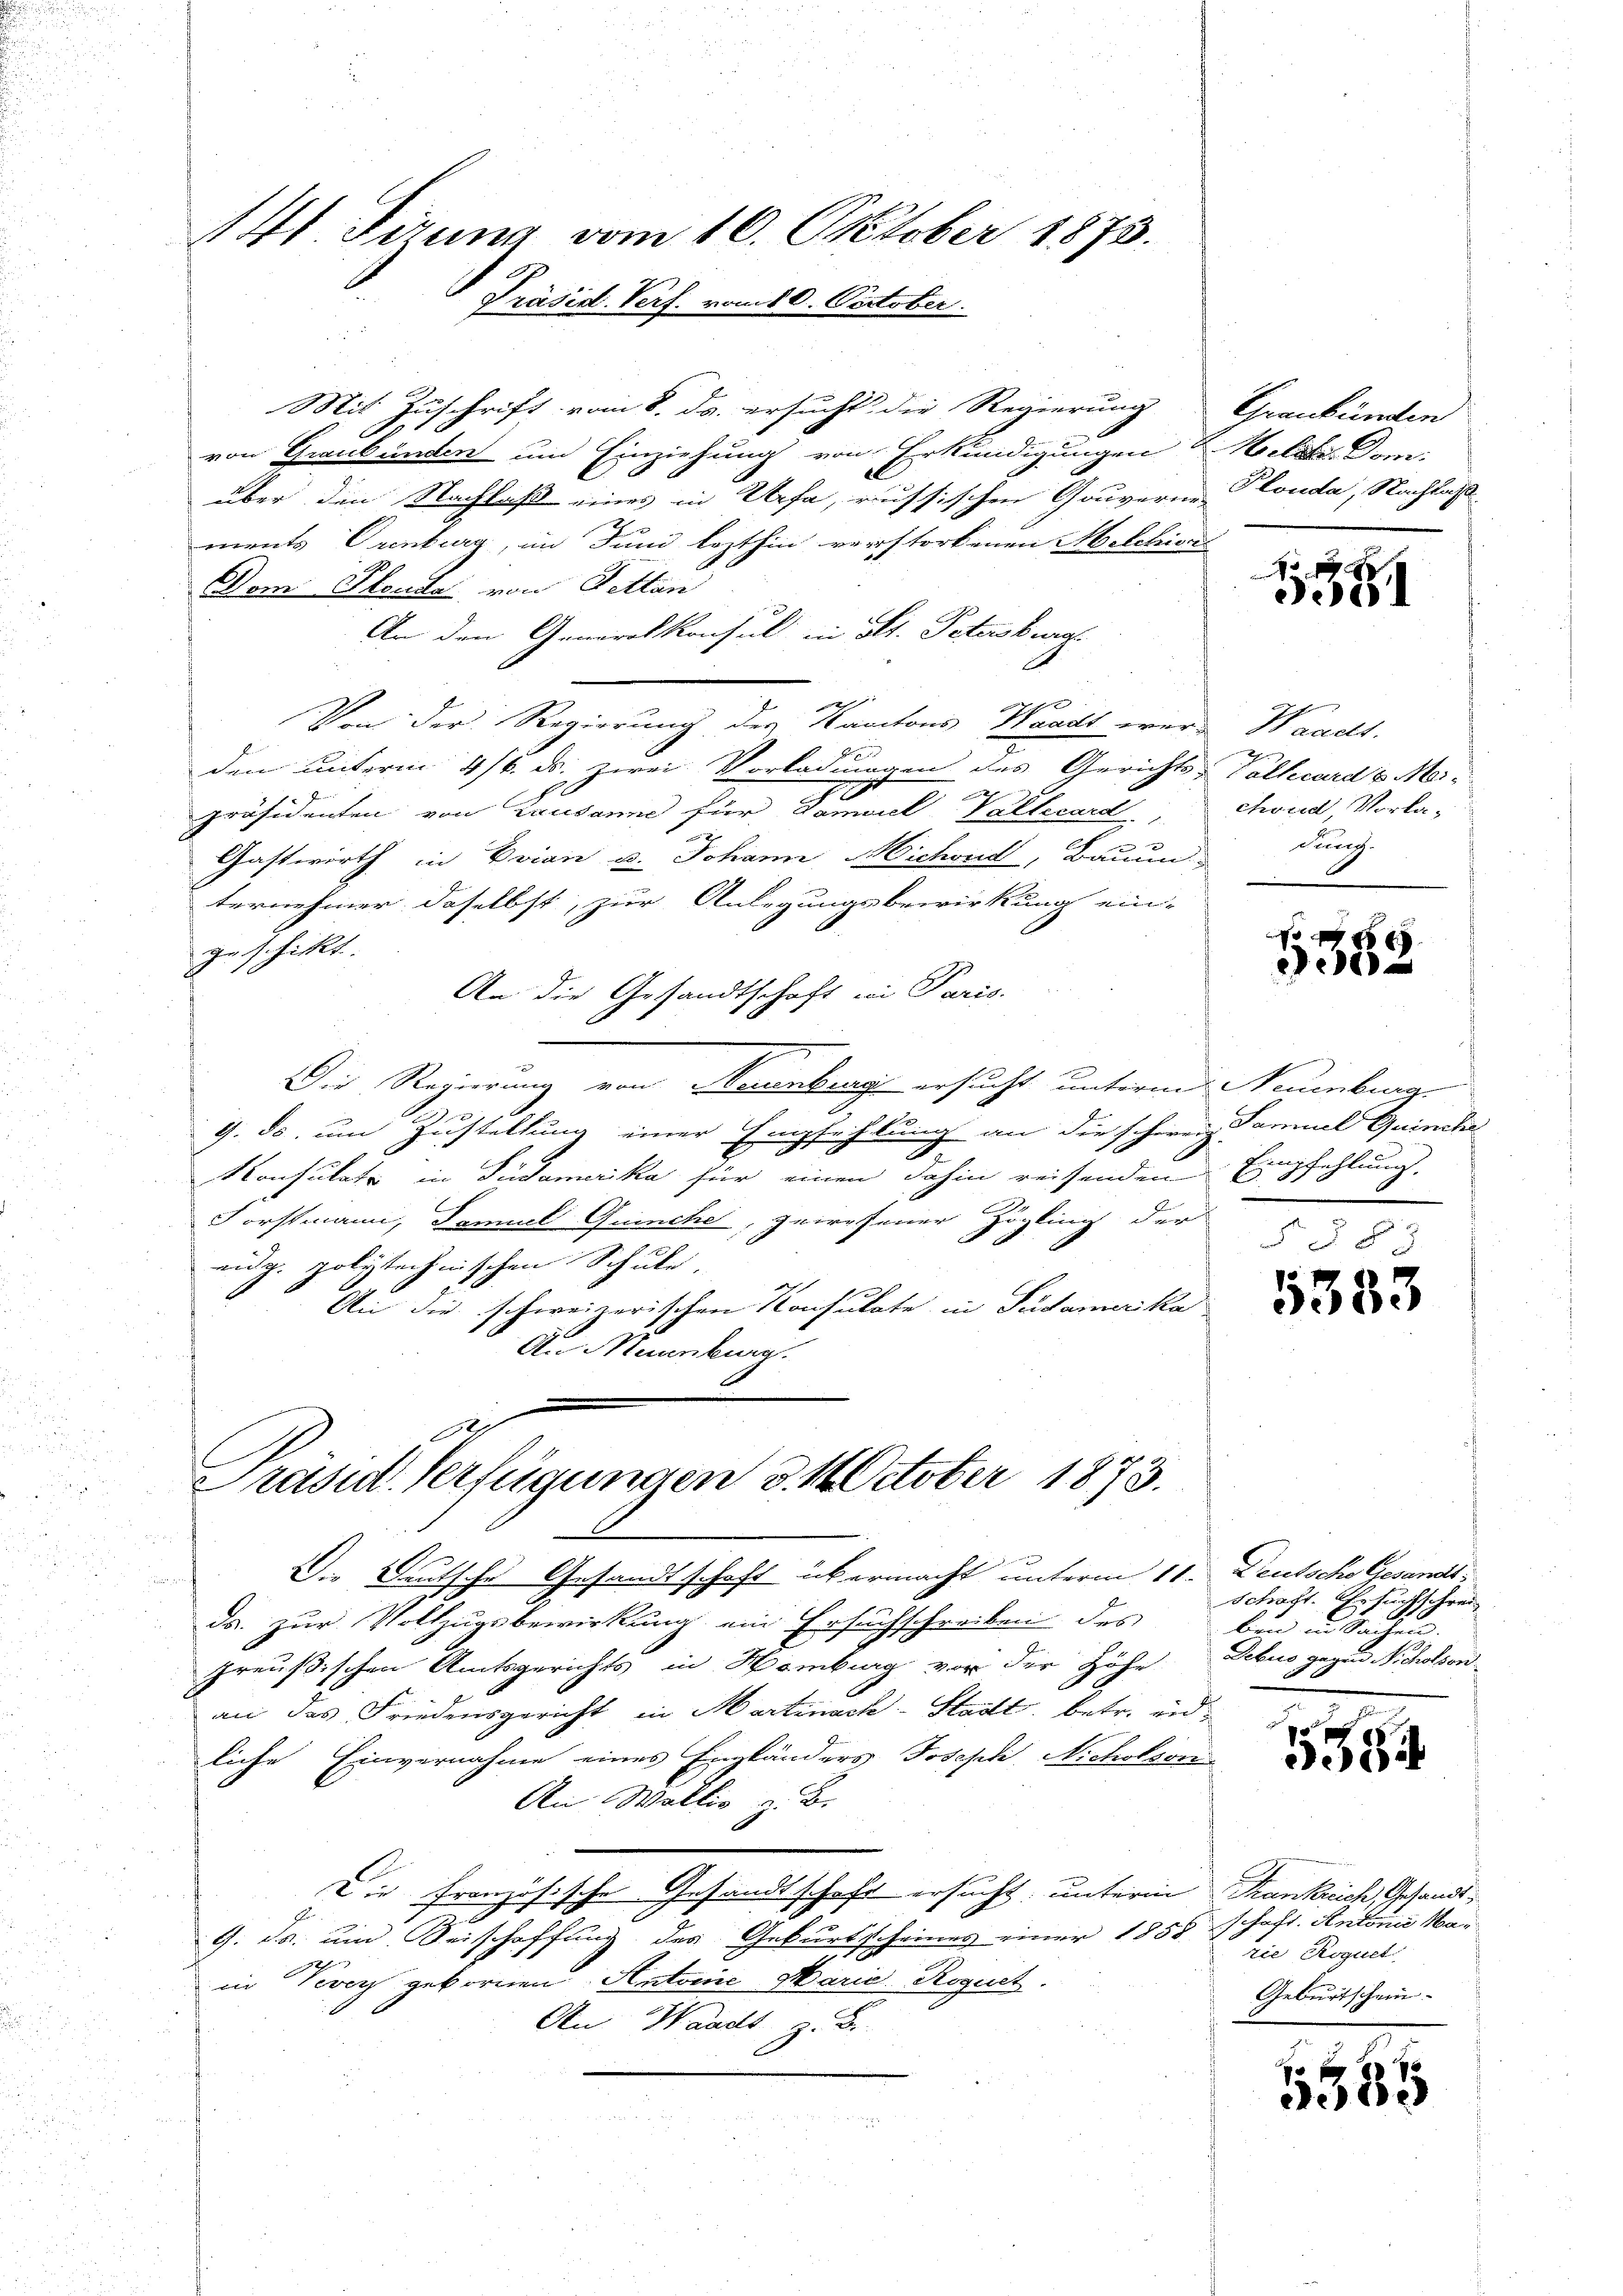
141 Firung vom 16. Oktober 1873.
Präsid. Verf. vom 10. October.

Mit Zuschrift vom 8. ds. ersucht die Regierung
von Graubünden um Einziehung von Erkundigungen Welt. Dom-
über die Nachlaß eines in Urfa, russischen Gouverne Plauda, Nachlaß
ments Crenburg, im Juni lezthin verstorbenen Melchivat
Dem Plende von Pettan
An den Generalkonsul in St. Petersburg
x
Von der Regierung des Kantons Waadt wer-
den unterm 4/6. ds. zwei Vorladungen des Gerichts-Vollward v. Mei¬
.
präsidenten von Lausanne für Dämiiel Vallecard
Gastwirth in Evian u. Johann Michend, Bauun
ternehmer daselbst, zur Anlegungsbewirkung ein-
geschickt.
An die Gesandtschaft in Paris.
Die Regierung von Neuenburg ersucht unterm Naumburg
.
9. ds. um Zustellung einer Empfehlung an die schweiz. Samuel Quinche
2
Konsulate in Südamerika für einen dahin reisenden Empfehlung
Forstmann, Famuel Quinche, gewesener Zögling der
eidg. polytechnischen Schule.
An die schweizerischen Konsulate in Südamerika
An Mannburg.

gli
Prasil. Verfügungen d. 1 October 1873.

Graubünden

Die Deutsche Gesandtschaft übermacht unterm 11. Deutsche Gesandt¬
u
ds. zur Vollzugsbewirkung ein Ersuchschreiben des
preußischen Amtsgerichts in Nomburg vor der Höhe debus gegen Nicholsonan des Friedensgericht in Martinack-Stadt, betr. eidliche Einvernahme eines Engländers Joseph, Nicholson
Ai Wallis z. B.
Die französische Gesandtschaft ersucht, unterm Krankreich Gesandt¬
G. Ja um Beischaffung des Geburtscheines einer 1855 schaft. Antoni Mar
h
in Vevey geborenen Antoine Marie Roguet.
An Waadt z. B.

r
5

Waadt.
chweid, Vorladurch.
.

e

5383

Schaft. Gesuchschrei
ben in Sachen.

15

rie Roguet
Geburtschein

1385